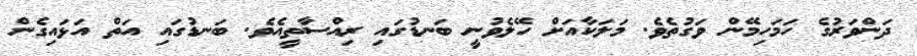
ދަންވަރުގެ ހަމަހިމޭން ވަގުތެވެ. މަލަކާއަށް ހޭލެވުނީ ބަނޑުގައި ރިއްސާތީއެވެ. ބަނޑުގައި އަތް އަޅައިގެން